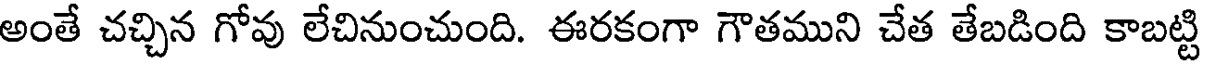
అంతే చచ్చిన గోవు లేచినుంచుంది. ఈరకంగా గౌతముని చేత తేబడింది కాబట్టి